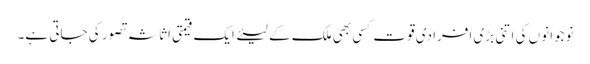
نوجوانوں کی اتنی بڑی افرادی قوت کسی بھی ملک کے لیئے ایک قیمتی اثاثہ تصور کی جاتی ہے۔